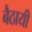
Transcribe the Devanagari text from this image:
बैठायी